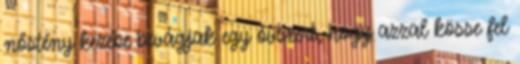
nőstény kezébe bevágjak egy óvszert, hogy azzal kösse fel